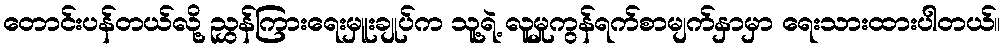
တောင်းပန်တယ်လို့ ညွှန်ကြားရေးမှူးချုပ်က သူ့ရဲ့ လူမှုကွန်ရက်စာမျက်နှာမှာ ရေးသားထားပါတယ်။